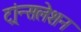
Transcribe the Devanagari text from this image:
ट्रांन्सलेशन